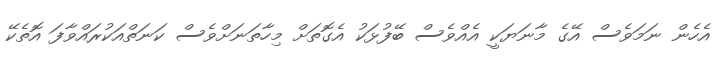
އެހެން ނަމަވެސް އޭގެ މާނަޔަކީ އެއްވެސް ބޭފުޅަކު އެގޮތަށް މިހާތަނަށްވެސް ކަނަތްއަކުރައްވާފަ އޮތެކޭ